Leningradi_Edasi_toimetus, lk 37
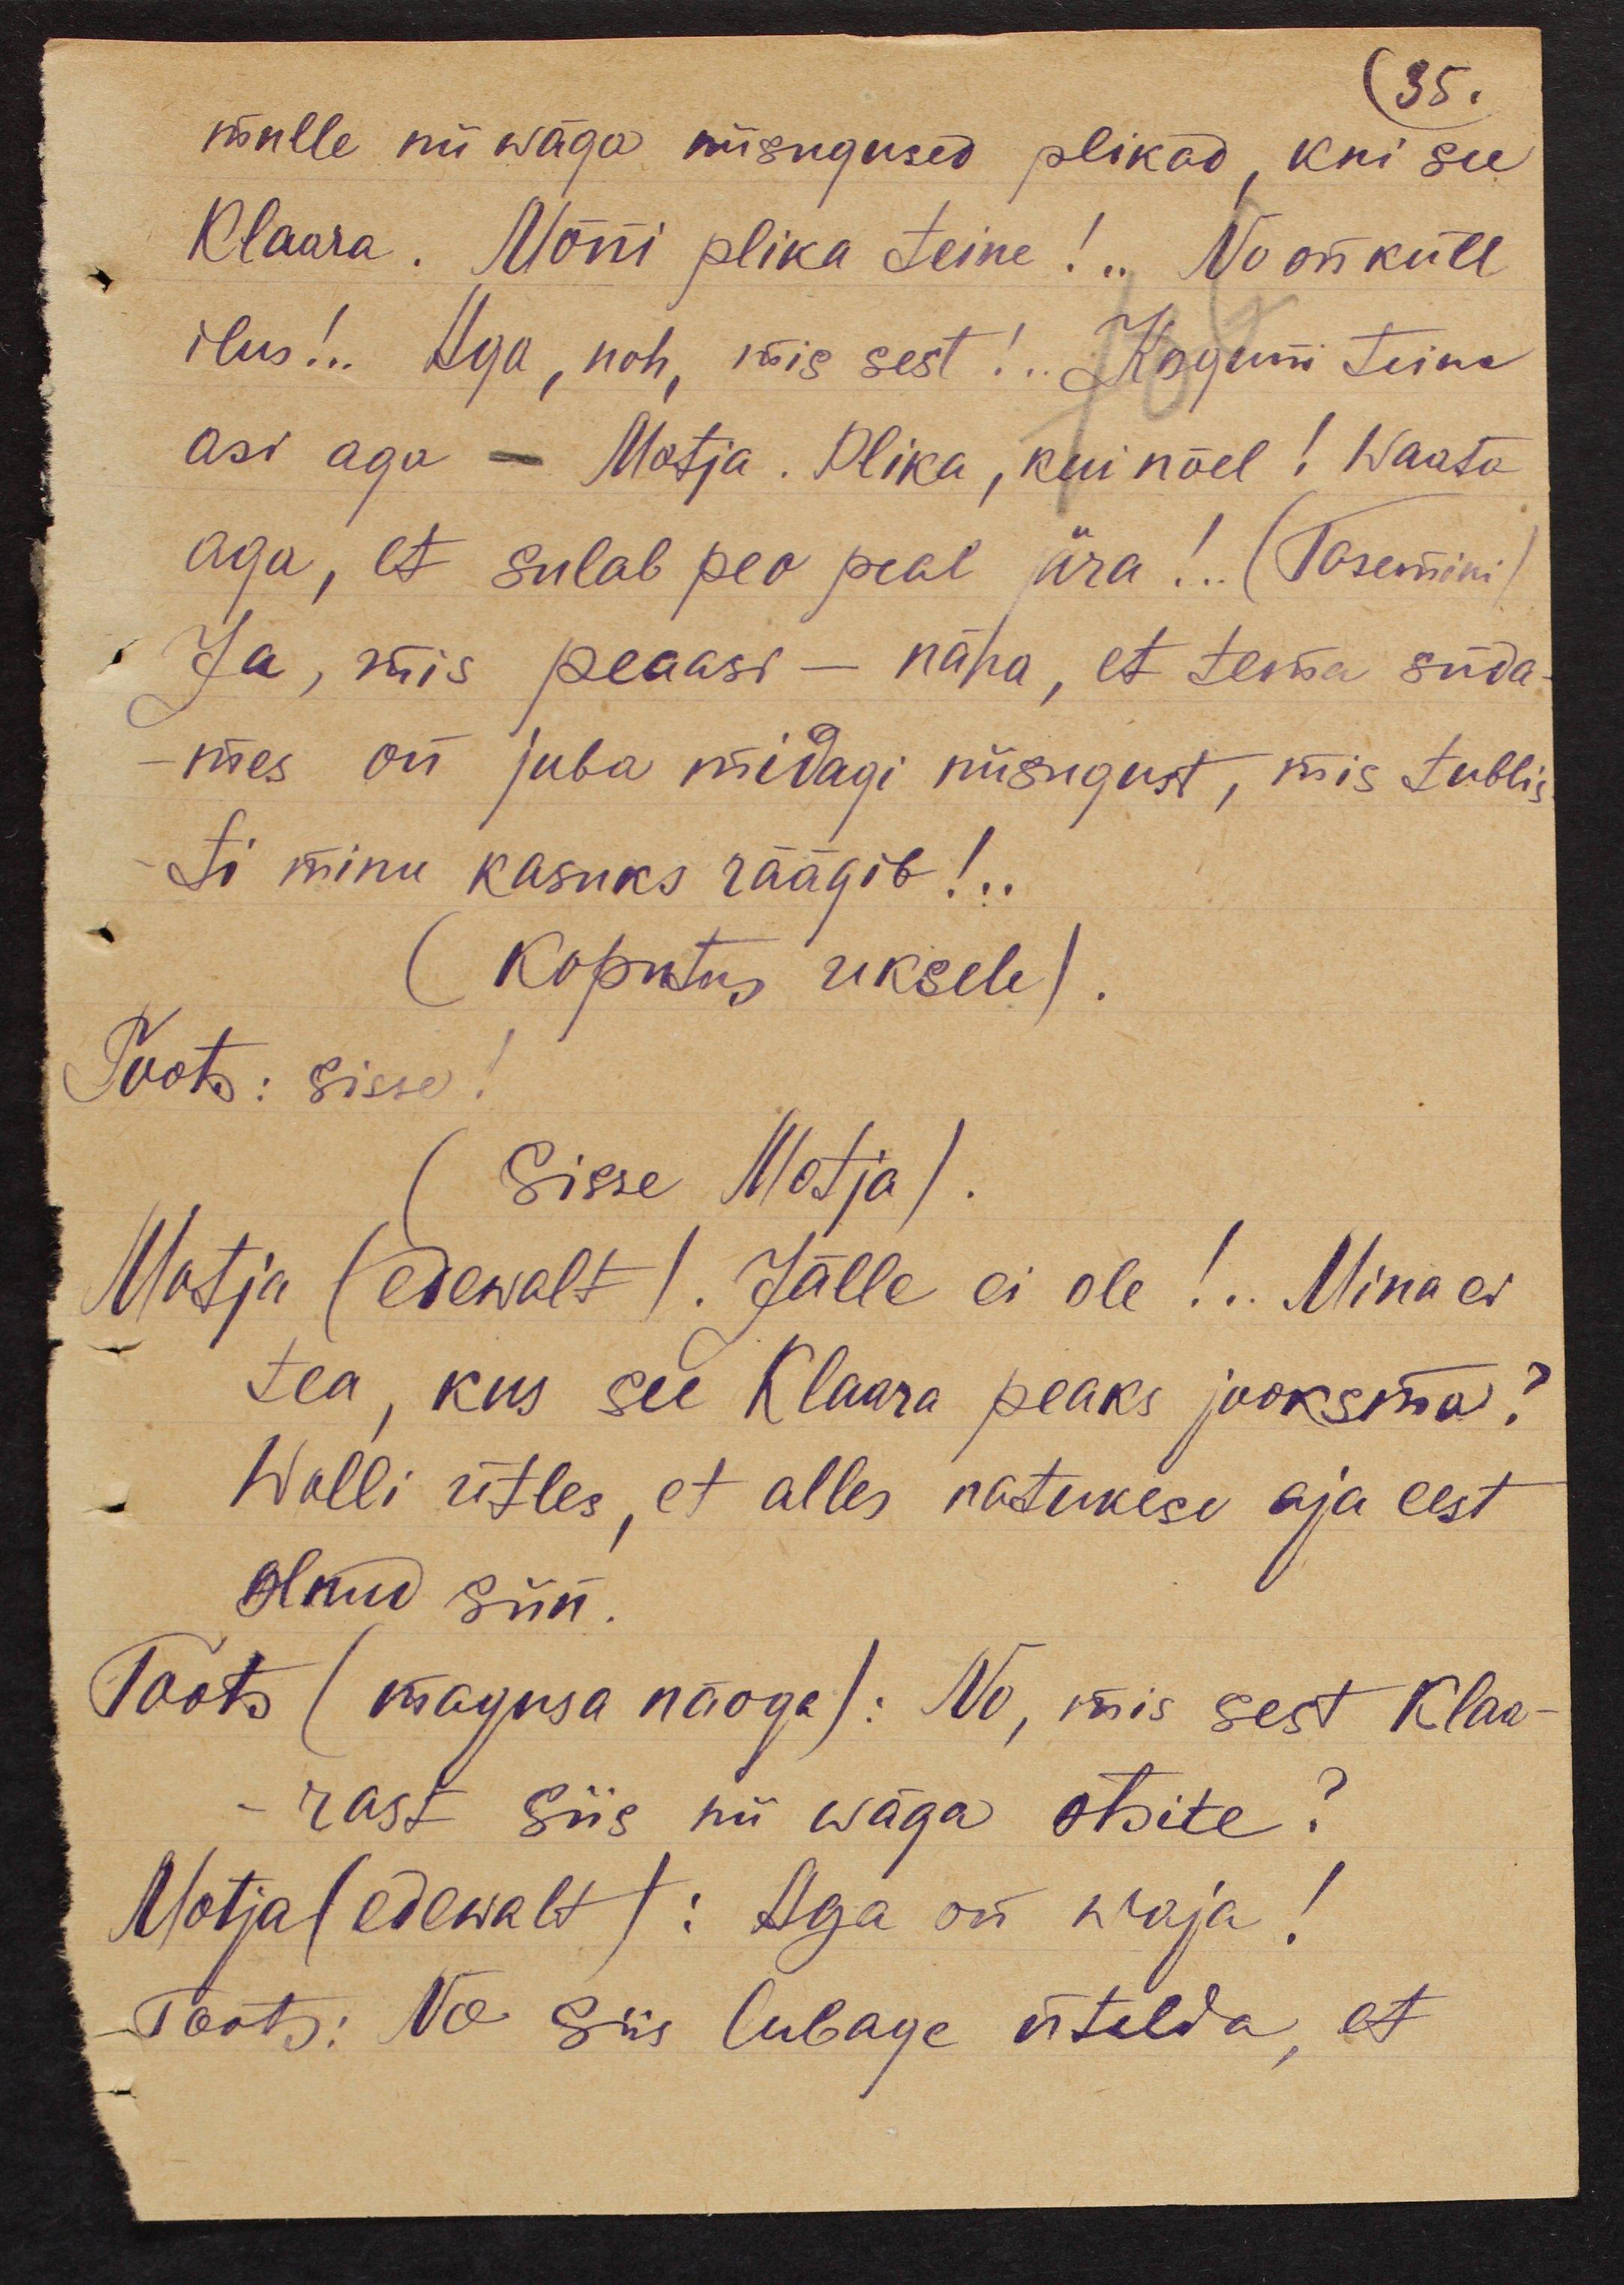
35.
mulle nii wäga niisugused plikad, kui see
Klaara. Mõni plika teine!.. No on küll
ilus!.. Aga, noh, mis sest!.. Koguni teine
asi aga - Motja. Plika, kui nõel! Waata
aga, et sulab peo peal ära!.. (Tasemini)
Ja, mis peaasi - näha, et tema süda-
mes on juba midagi niisugust, mis tublis-
ti minu kasuks räägib!..
(Koputus uksele).
Toots: Sisse!
(Sisse Motja).
Motja (edewalt). Jälle ei ole!.. Mina ei
tea, kus see Klaara peaks jooksma?
Wolli ütles, et alles natukese aja eest
olnud siin.
Toots (magusa näoga): No, mis sest Klaa-
rast siis nii wäga otsite?
Motja(edewalt): Aga on waja!
Toots: No siis lubage ütelda, et